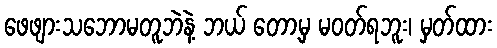
ဖေဖျားသဘောမတူဘဲနဲ့ ဘယ် တော့မှ မဝတ်ရဘူး၊ မှတ်ထား